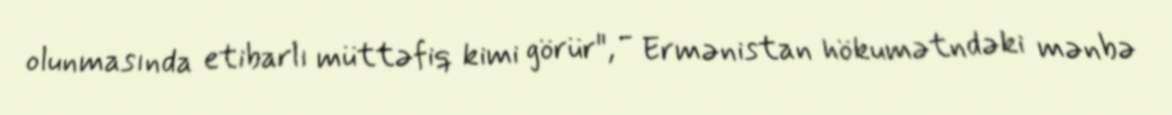
olunmasında etibarlı müttəfiq kimi görür", - Ermənistan hökumətndəki mənbə